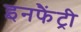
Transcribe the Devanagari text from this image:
इनफैंट्री